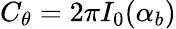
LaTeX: C_{\theta}=2\pi I_{0}(\alpha_{b})